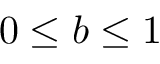
0 \leq b \leq 1